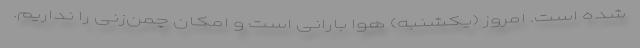
شده است. امروز (یکشنبه) هوا بارانی است و امکان چمن‌زنی را نداریم.